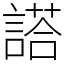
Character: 𬢿